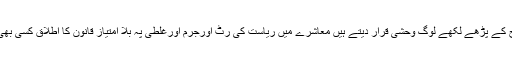
اسلامی قوانین کا نظام، جن کو آج کے پڑھے لکھے لوگ وحشی قرار دیتے ہیں معاشرے میں ریاست کی رٹ اورجرم اورغلطی پہ بلا امتیاز قانون کا اطلاق کسی بھی بڑے سانحے کو لگام دیتا ہے ۔